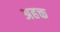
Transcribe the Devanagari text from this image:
अहक्त